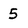
Character: 5